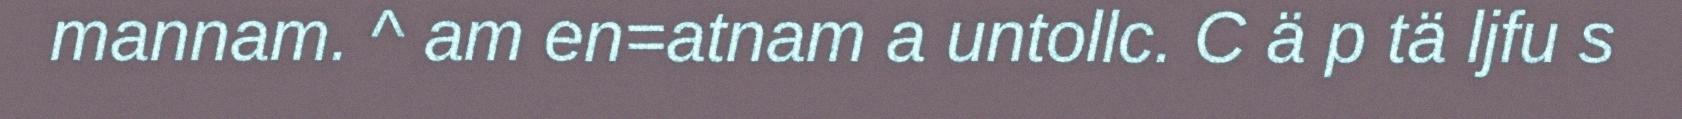
mannam. ^ am en=atnam a untollc. C ä p tä ljfu s